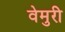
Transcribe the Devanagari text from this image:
वेमुरी